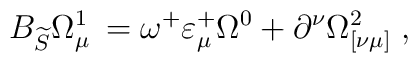
B_{\widetilde{S}}\Omega _{\mu \;}^1=\omega ^{+}\varepsilon _\mu ^{+}\Omega^0+\partial ^\nu \Omega _{[\nu \mu ]}^2\;,